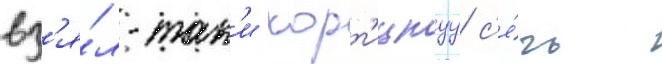
вз'я́л-так'и хорт'ицкуу с'е́чь